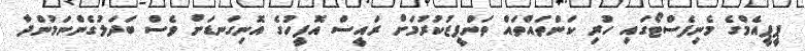
ޕީޕީއެމްގެ މެނިފެސްޓޯގައި ހުރި ކަންތައްތައް ތަންފީޒުކުރުމަށް ރައީސް އޮފީހުގެ އޮނިގަނޑަށް ވެސް ބަދަލުގެންނަމުންދާ